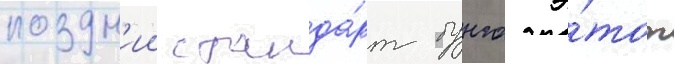
поздн'ии станда́рт бунго э́тот